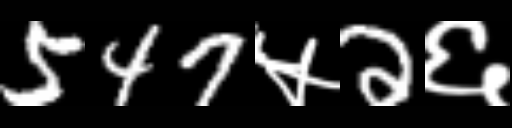
Text: 547५2६